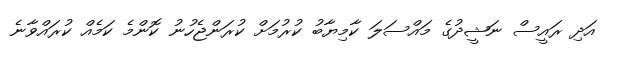
އަދި ރައީސް ނަޝީދުގެ މައްސަލަ ކާމިޔާބު ކުރުމަށް ކުރަންޖެހުނު ކޮންމެ ކަމެއް ކުރައްވާނެ